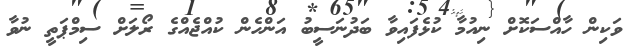
ވަކިން ހާއްސަކޮށް ނިއުމާ ކުޅެފައިވާ ބަދުނަސީބު އަންހެން ކުއްޖެއްގެ ރޯލަށް ސިމްޕަތީ ނުވާ